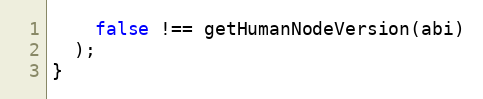
Language: JavaScript
    false !== getHumanNodeVersion(abi)
  );
}